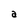
Character: a